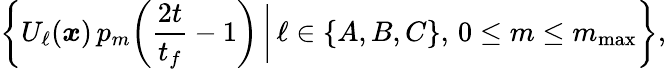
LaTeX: \bigg\{ U_{\ell}({\boldsymbol{x}})\, p_{m}\bigg(\frac{2t}{t_{f}}-1\bigg)\, \bigg|\, \ell\in\{ A,B,C\} ,\, 0\leq m\leq m_{\mathrm{max}}\bigg\} ,